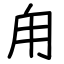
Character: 甪